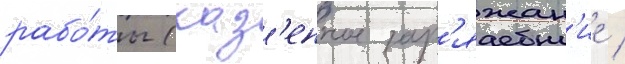
рабо́ты (каз'енное зар'яжан'ие /